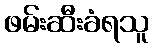
ဖမ်းဆီးခံရသူ